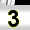
Digit: 3